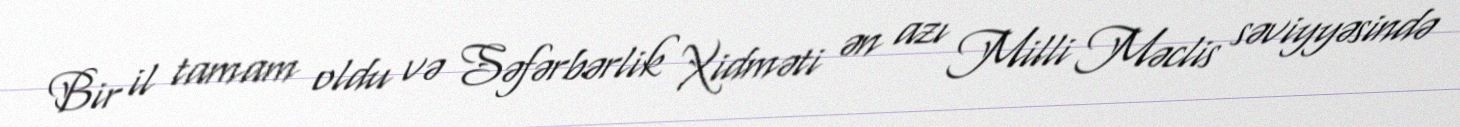
Bir il tamam oldu və Səfərbərlik Xidməti ən azı Milli Məclis səviyyəsində